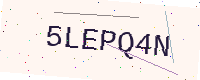
Text: 5LEPQ4N